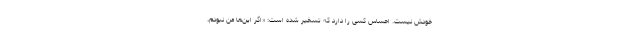
خودش نیست. احساس کسی را دارد که تسخیر شده است: «اگر این‌ها من نبودم،